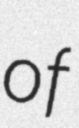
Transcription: of